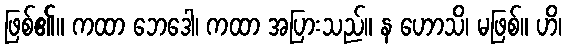
ဖြစ်၏။ ကထာ ဘေဒေါ၊ ကထာ အပြားသည်။ န ဟောသိ၊ မဖြစ်။ ဟိ၊